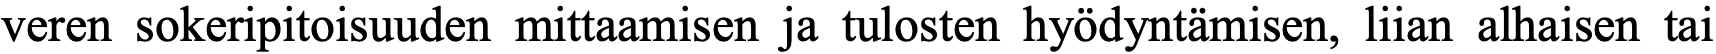
veren sokeripitoisuuden mittaamisen ja tulosten hyödyntämisen, liian alhaisen tai